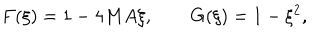
LaTeX: F ( \xi ) = 1 - 4 M A \xi , \qquad G ( \xi ) = 1 - \xi ^ { 2 } ,